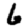
Digit: 6